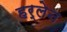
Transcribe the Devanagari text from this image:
हर्लेन